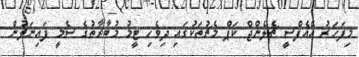
މިފަހަރު އޭއެފްސީ ޗެލެންޖް ކަޕް މެޗުތަކުގައި ދިވެހި ޓީމު މުބާރާތުގެ ސެމީ ފައިނަލުން